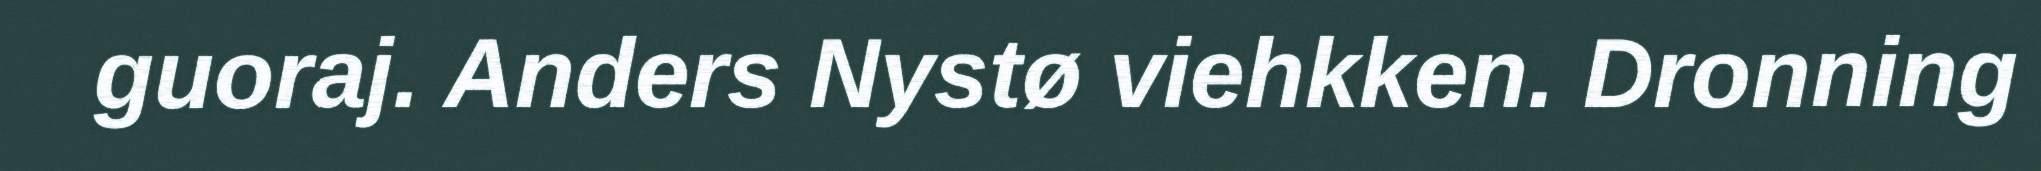
guoraj. Anders Nystø viehkken. Dronning